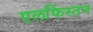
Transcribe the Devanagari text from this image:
एलफिंस्तन